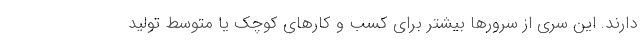
دارند. این سری از سرورها بیشتر برای کسب و کارهای کوچک یا متوسط تولید